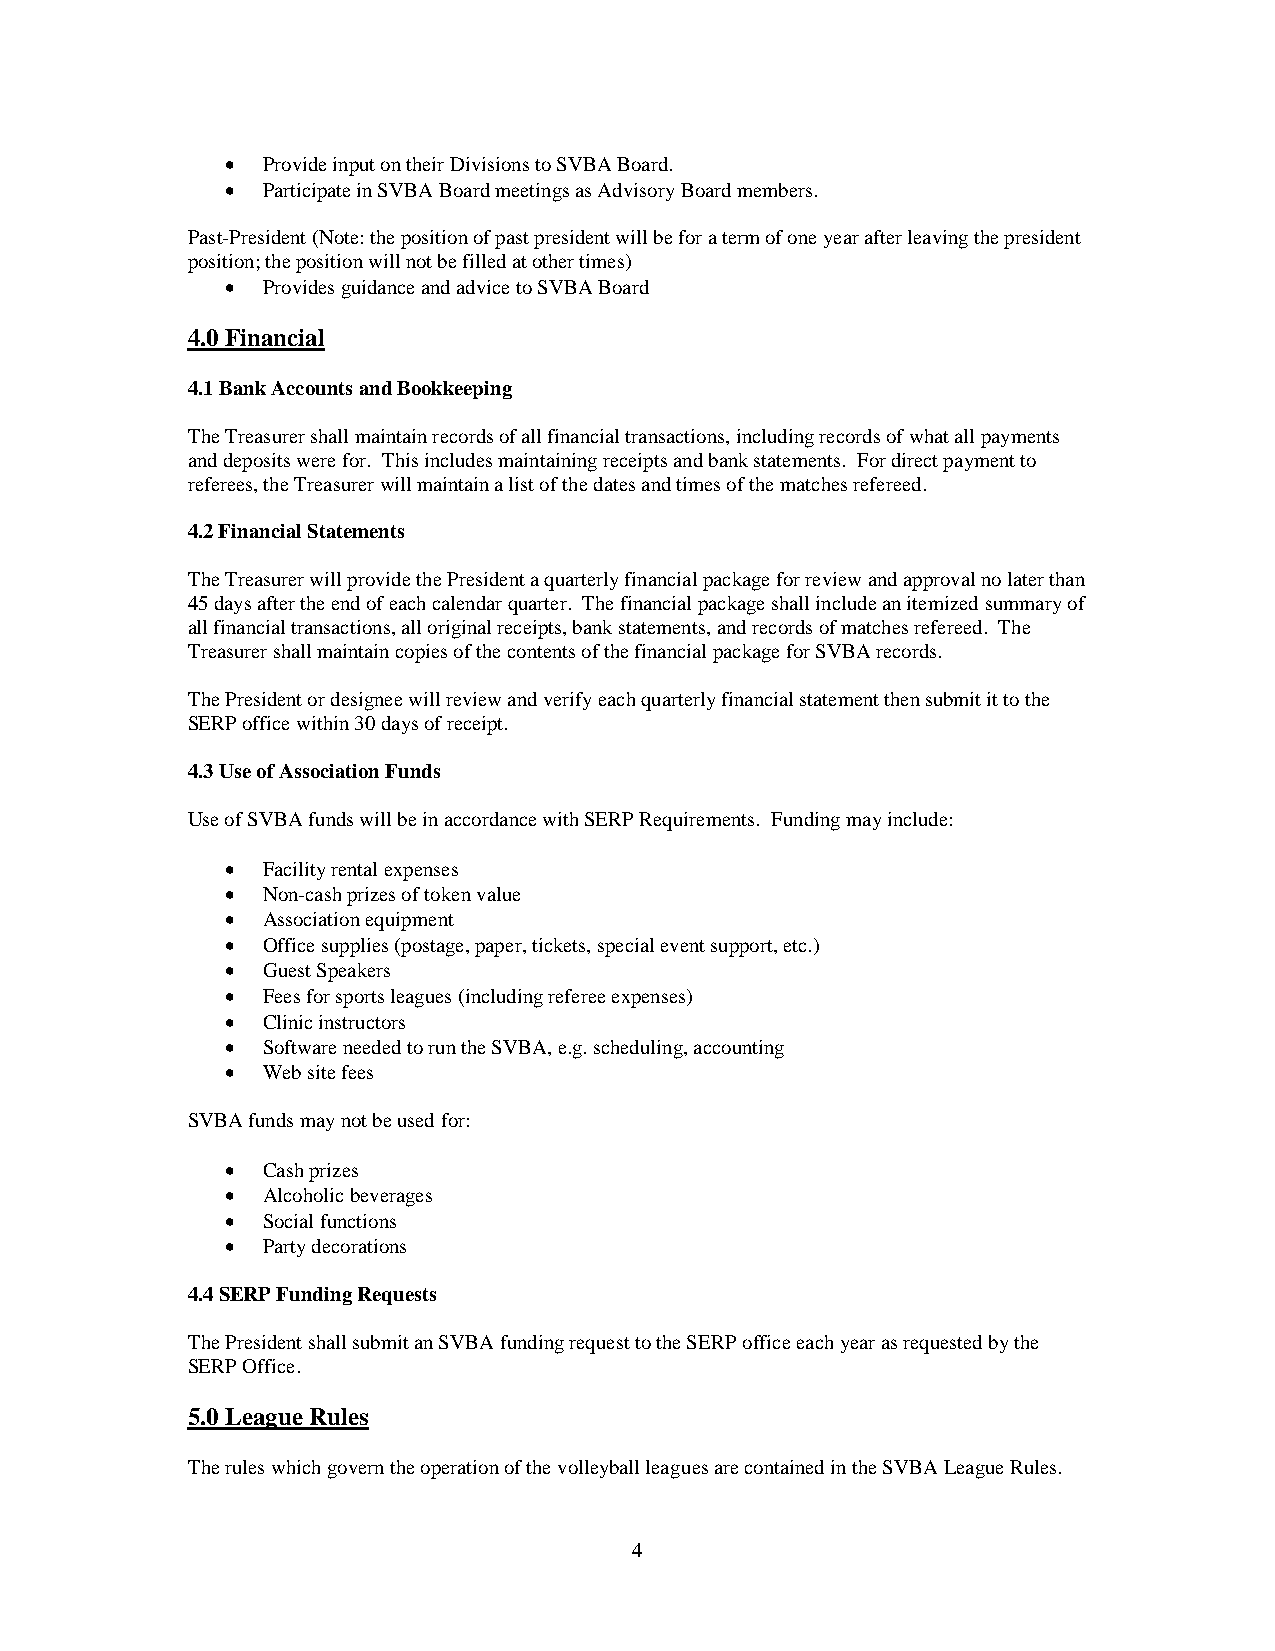
• Provide input on their Divisions to SVBA Board.
 • Participate in SVBA Board meetings as Advisory Board members.
 Past-President (Note: the position of past president will be for a term of one year after leaving the president
 position; the position will not be filled at other times)
 • Provides guidance and advice to SVBA Board
 4.0 Financial
 4.1 Bank Accounts and Bookkeeping
 The Treasurer shall maintain records of all financial transactions, including records of what all payments
 and deposits were for. This includes maintaining receipts and bank statements. For direct payment to
 referees, the Treasurer will maintain a list of the dates and times of the matches refereed.
 4.2 Financial Statements
 The Treasurer will provide the President a quarterly financial package for review and approval no later than
 45 days after the end of each calendar quarter. The financial package shall include an itemized summary of
 all financial transactions, all original receipts, bank statements, and records of matches refereed. The
 Treasurer shall maintain copies of the contents of the financial package for SVBA records.
 The President or designee will review and verify each quarterly financial statement then submit it to the
 SERP office within 30 days of receipt.
 4.3 Use of Association Funds
 Use of SVBA funds will be in accordance with SERP Requirements. Funding may include:
 • Facility rental expenses
 • Non-cash prizes of token value
 • Association equipment
 • Office supplies (postage, paper, tickets, special event support, etc.)
 • Guest Speakers
 • Fees for sports leagues (including referee expenses)
 • Clinic instructors
 • Software needed to run the SVBA, e.g. scheduling, accounting
 • Web site fees
 SVBA funds may not be used for:
 • Cash prizes
 • Alcoholic beverages
 • Social functions
 • Party decorations
 4.4 SERP Funding Requests
 The President shall submit an SVBA funding request to the SERP office each year as requested by the
 SERP Office.
 5.0 League Rules
 The rules which govern the operation of the volleyball leagues are contained in the SVBA League Rules.
 4